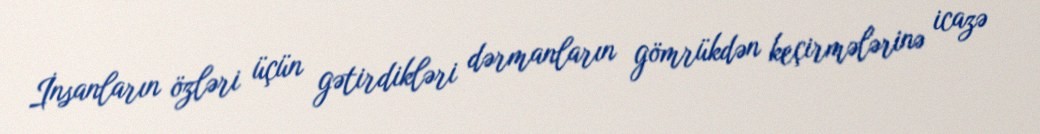
İnsanların özləri üçün gətirdikləri dərmanların gömrükdən keçirmələrinə icazə